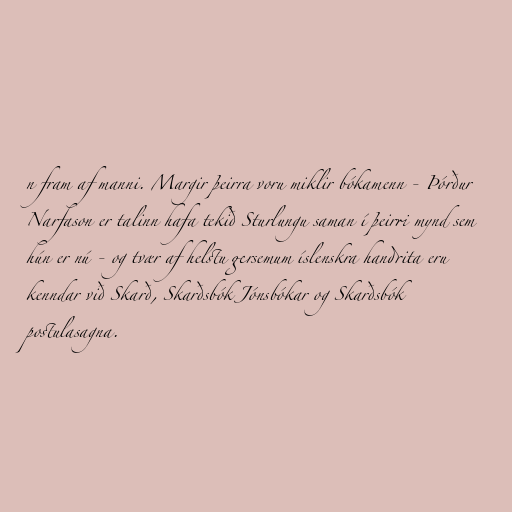
n fram af manni. Margir þeirra voru miklir bókamenn - Þórður
Narfason er talinn hafa tekið Sturlungu saman í þeirri mynd sem
hún er nú - og tvær af helstu gersemum íslenskra handrita eru
kenndar við Skarð, Skarðsbók Jónsbókar og Skarðsbók
postulasagna.